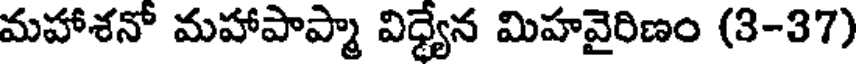
మహాశనో మహాపాప్మా విధ్యేన మిహవైరిణం (3-37)